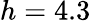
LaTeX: h=4.3